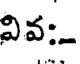
వివ:-